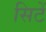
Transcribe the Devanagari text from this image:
सिटें